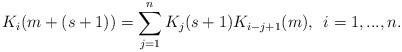
LaTeX: \begin{align*} K_i(m+(s+1))=\sum_{j=1}^n K_j(s+1) K_{i-j+1}(m), \enskip i=1,...,n. \end{align*}